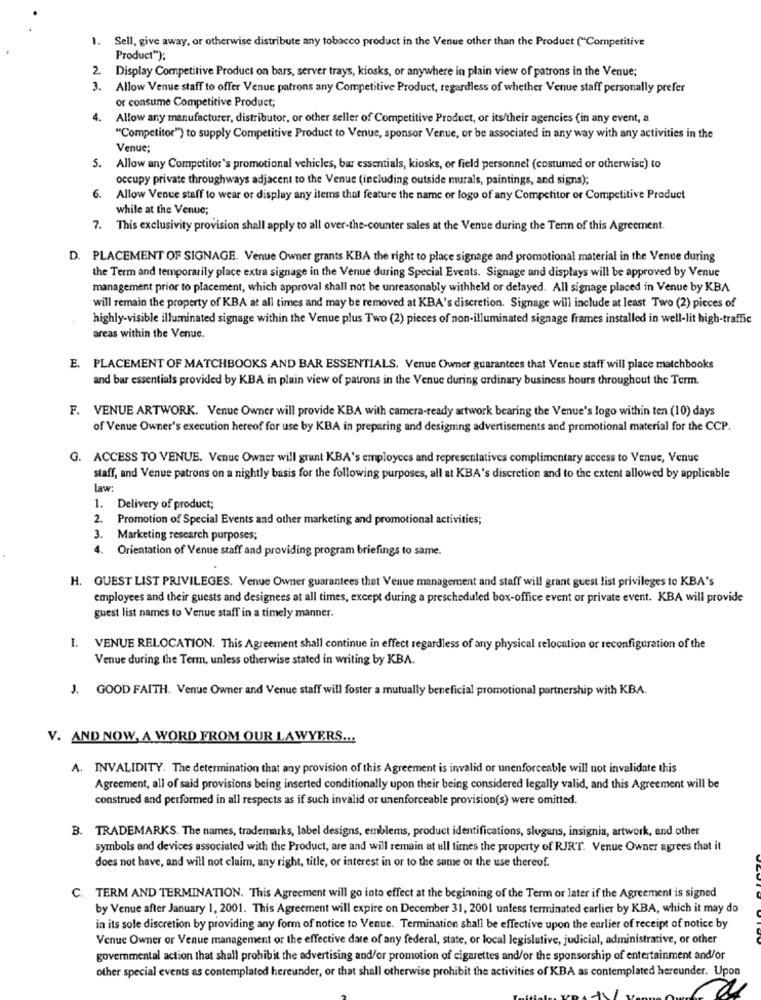
1. Sell, give away, or otherwise distribute any tobacco product in the Venue other than the Product ("Competitive
Product");
2. Display Competitive Product on bars, server trays, kiosks, or anywhere in plain view of patrons in the Venue;
3. Allow Venue staff to offer Venue patrons any Competitive Product, regardless of whether Venue staff personally prefer
or consume Competitive Product;
4.
Allow any manufacturer, distributor, or other seller of Competitive Product, or its/their agencies (in any event, a
"Competitor") to supply Competitive Product to Venue, sponsor Venue, or be associated in any way with any activities in the
Venue;
5. Allow any Competitor's promotional vehicles, bar essentials, kiosks, or field personnel (costumed or otherwise) to
occupy private throughways adjacent to the Venue (including outside murals, paintings, and signs);
6.
Allow Venue staff to wear or display any items that feature the name or logo of any Competitor or Competitive Product
while at the Venue;
7. This exclusivity provision shall apply to all over-the-counter sales at the Venue during the Term of this Agreement.
D. PLACEMENT OF SIGNAGE. Venue Owner grants KBA the right to place signage and promotional material in the Venue during
the Term and temporarily place extra signage in the Venue during Special Events. Signage and displays will be approved by Venue
management prior to placement, which approval shall not be unreasonably withheld or delayed. All signage placed in Venue by KBA
will remain the property of KBA at all times and may be removed at KBA's discretion. Signage will include at least Two (2) pieces of
highly-visible illuminated signage within the Venue plus Two (2) pieces of non-illuminated signage frames installed in well-lit high-traffic
areas within the Venue.
E. PLACEMENT OF MATCHBOOKS AND BAR ESSENTIALS. Venue Owner guarantees that Venue staff will place matchbooks
and bar essentials provided by KBA in plain view of patrons in the Venue during ordinary business hours throughout the Term.
F. VENUE ARTWORK. Venue Owner will provide KBA with camera-ready artwork bearing the Venue's logo within ten (10) days
of Venue Owner's execution hereof for use by KBA in preparing and designing advertisements and promotional material for the CCP.
G. ACCESS TO VENUE. Venue Owner will grant KBA's employees and representatives complimentary access to Venue, Venue
staff, and Venue patrons on a nightly basis for the following purposes, all at KBA's discretion and to the extent allowed by applicable
law:
1. Delivery of product;
2. Promotion of Special Events and other marketing and promotional activities;
3. Marketing research purposes;
4. Orientation of Venue staff and providing program briefings to same.
H. GUEST LIST PRIVILEGES. Venue Owner guarantees that Venue management and staff will grant guest list privileges to KBA's
employees and their guests and designees at all times, except during a prescheduled box-office event or private event. KBA will provide
guest list names to Venue staff in a timely manner.
I. VENUE RELOCATION. This Agreement shall continue in effect regardless of any physical relocation or reconfiguration of the
Venue during the Term, unless otherwise stated in writing by KBA.
J. GOOD FAITH. Venue Owner and Venue staff will foster a mutually beneficial promotional partnership with KBA.
V. AND NOW, A WORD FROM OUR LAWYERS ...
A. INVALIDITY. The determination that any provision of this Agreement is invalid or unenforceable will not invalidate this
Agreement, all of said provisions being inserted conditionally upon their being considered legally valid, and this Agreement will be
construed and performed in all respects as if such invalid or unenforceable provision(s) were omitted.
B. TRADEMARKS. The names, trademarks, label designs, emblems, product identifications, slogans, insignia, artwork, end other
symbols and devices associated with the Product, are and will remain at all times the property of RIRT. Venue Owner agrees that it
does not have, and will not claim, any right, title, or interest in or to the same or the use thereof.
C. TERM AND TERMINATION. This Agreement will go into effect at the beginning of the Term or later if the Agreement is signed
by Venue after January 1, 2001. This Agreement will expire on December 31, 2001 unless terminated earlier by KBA, which it may do
in its sole discretion by providing any form of notice to Venue. Termination shall be effective upon the earlier of receipt of notice by
Venue Owner or Venue management or the effective date of any federal, state, or local legislative, judicial, administrative, or other
governmental action that shall prohibit the advertising and/or promotion of cigarettes and/or the sponsorship of entertainment and/or
other special events es contemplated hereunder, or that shall otherwise prohibit the activities of KBA as contemplated hereunder. Upon